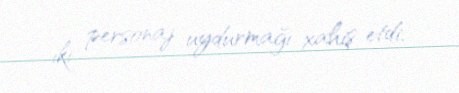
iki personaj uydurmağı xahiş etdi.